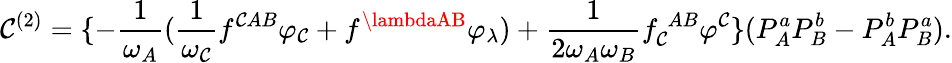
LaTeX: \mathcal{C}^{(2)}=\{ -\frac{{1}}{{\omega_{A}}}(\frac{{1}}{{\omega_{\mathcal{C}}}}f^{\mathcal{C}AB}\varphi_{\mathcal{C}}+f^{\lambdaAB}\varphi_{\lambda})+\frac{{1}}{{2\omega_{A}\omega_{B}}}f_{\mathcal{C}}^{\; AB}\varphi^{\mathcal{C}}\} (P_{A}^{a}P_{B}^{b}-P_{A}^{b}P_{B}^{a}).